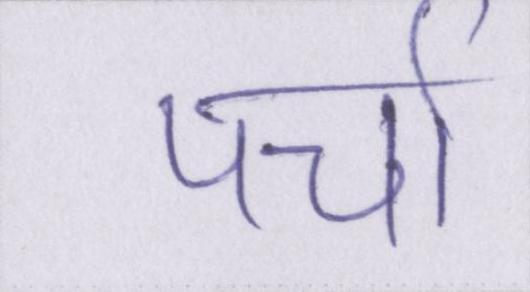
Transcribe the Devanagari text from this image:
पर्चा